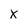
Character: X